Report on lock hospitals in British Burma
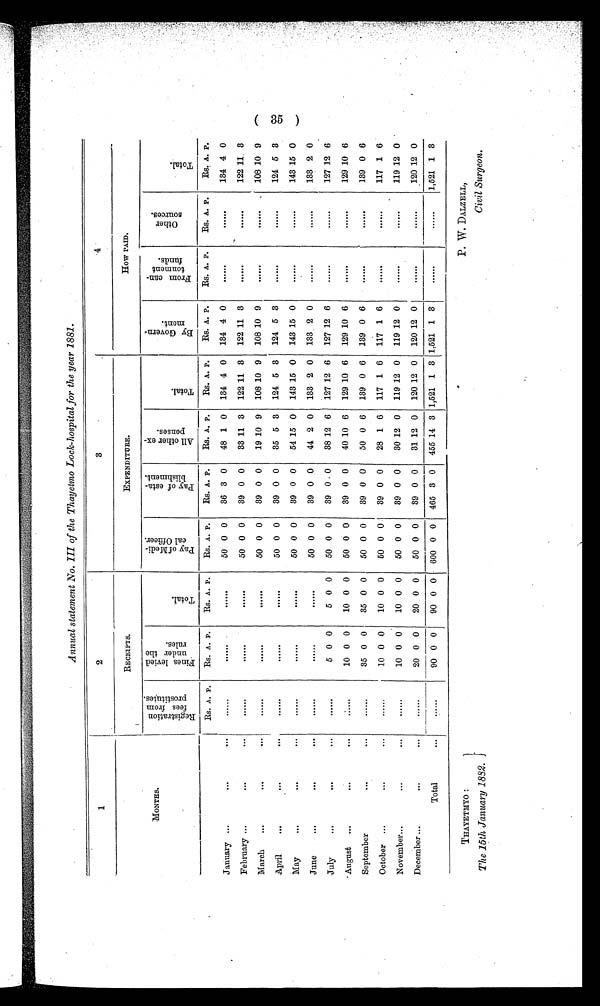
Annual statement No. III of the Thayetmo Lock-hospital for the year 1881.
1
2
3
4
R E C E I P T S .
EXPENDITURE.
H O W P A I D .
M O N T H S .
R e g i s t r a t i o n
f ees f r om
pr os t i t ut e s .
F i n e s l e v i e d
u n d e r t h e
r u l e s w.
T o t a l .
P a y o f M e d i -
c a l O f f i c e r .
P a y o f e s t a -
b l i s h m e n t .
A l l o t h e r e x - p e n s e s
T o t a l .
B y G o v e r n -
m e n t .
F r o m c a n -
t o n m e n t
f u n d s .
Other Sources.
T o t a l .
R s . A . P .
Rs. A. P. RS. A. P.
Rs. A. P. Rs. A. P. Rs. A. P.
RS. A. P. Rs. A. P.
Rs. A. P. Rs. A. P.
R s . A. P.
January
50 0 0
36 3 0 48 1 0 134 4 0 134 4 0
134 4 0
February
50 0 0
39 0 0 33 11 3 122 11 3 122 11 3
. . . . . .
. . . . . . 122 11 3
March
50 0 0
39 0 0 19 10 9 108 10 9 108 10 9
108 10 9
April
50 0 0 39 0 0 35 5 3 124 5 3 124 5 3
124 5 3
May
50 0 0
39 0 0 54 15 0 143 15 0 143 15 0
143 15 0
June
50 0 0
39 0 0 44 2 0 133 2 0 133 2 0
133 2 0
July
. . . . . .
5 0 0
5 0 0
50 0 0 39
0 . 0 38 12 6 127 12 6 127 12 6
. . . . .
. . . . 127 12 6
August
. . . . . . 10 0 0 10 0 0
50 0 0
39 0 0 40 10 6 129 10 6 129 10 6
129 10 6
September
. . . . . . 35 0 0 35 0 0
50 0 0 39 0 0 50 0 6 139 0 6 139 0 6
. . . . . .
. . . . 139 0 6
October
. . . . . . 10 0 0 10 0 0
50 0 0
39 0 0 28 1 6 117 1 6 117 1 6
117 1 6
November
. . . . . . 10 0 0 10 0 0
50 0 0
39 0 0 30 12 0 119 12 0 119 12 0
119 12 0
December
. . . . . .
_
20 0 0 20 0 0
50 0 0 39 0 0 31 12 0 120 12 0 120 12 0
. . . . . .
. . . . . . 120 12 0
Total
. . .
. . . . . .
90 0 0 90 0 0 600 0 0 465 3 0 455 14 3 1,521 1 3 1,521 1 3
1,521 1 3
(35)